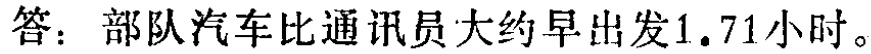
答：部队汽车比通讯员大约早出发$1.71$小时。